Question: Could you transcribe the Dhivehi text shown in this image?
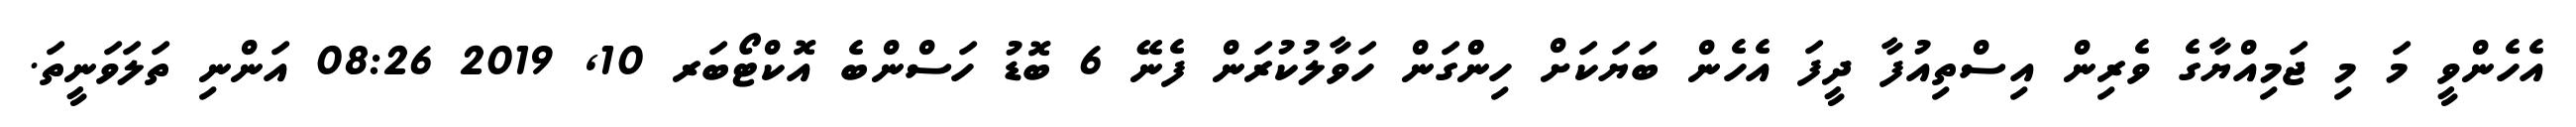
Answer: އެހެންވީ މަ މި ޖަމިއްޔާގެ ވެރިން އިސްތިއުފާ ދީފަ އެހެން ބަޔަކަށް ހިންްގަން ހަވާލުކުރަން ފެނޭ 6 ބޮޑު ހަސްންބެ އޮކްޓޯބަރ 10, 2019 08:26 އަންނި ތަލަވަނީތަ.